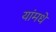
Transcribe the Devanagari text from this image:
यांमधे